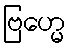
ဗြဟ္မေ